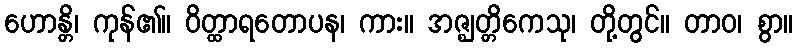
ဟောန္တိ၊ ကုန်၏။ ဝိတ္ထာရတောပန၊ ကား။ အဇ္ဈတ္တိကေသု၊ တို့တွင်။ တာဝ၊ စွာ။